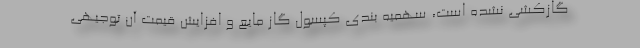
گازکشی نشده است، سهمیه بندی کپسول گاز مایع و افزایش قیمت آن توجیهی